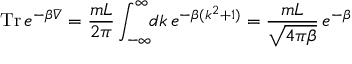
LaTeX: \mathrm { T r } \, e ^ { - \beta \bar { { \cal V } } } = \frac { m L } { 2 \pi } \int _ { - \infty } ^ { \infty } \! \! d k \, e ^ { - \beta ( k ^ { 2 } + 1 ) } = \frac { m L } { \sqrt { 4 \pi \beta } } \, e ^ { - \beta }